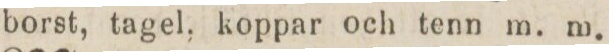
borst, tagel, koppar och tenn m. m.